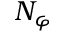
N _ { \varphi }